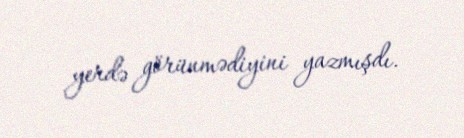
yerdə görünmədiyini yazmışdı.